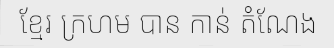
ខ្មែរ ក្រហម បាន កាន់ តំណែង